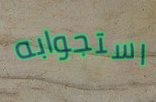
استجوابه